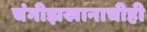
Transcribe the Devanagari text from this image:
चंगीझखानाचीही